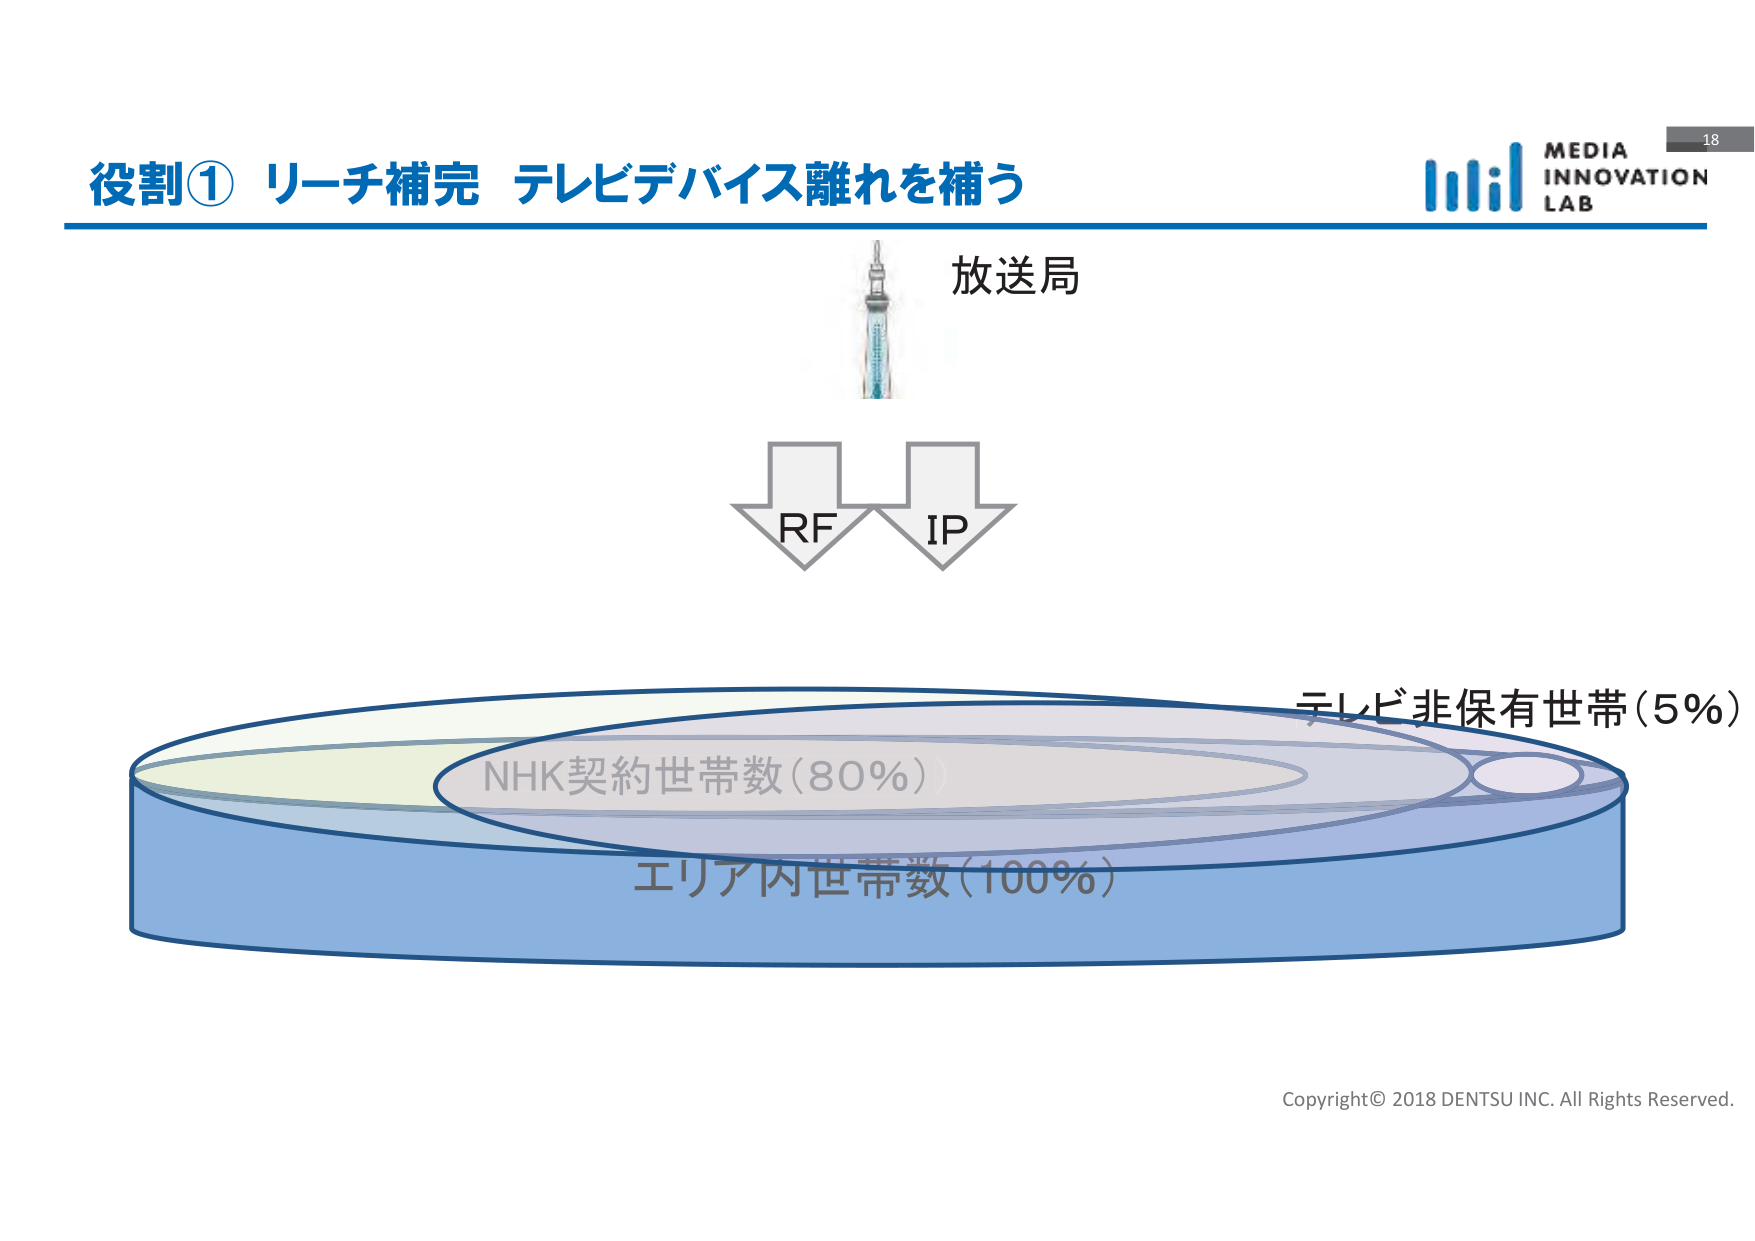
役割① リーチ補完 テレビデバイス離れを補う
放送局
RF
IP
テレビ非保有世帯（5％）
NHK契約世帯数（80％）
エリア内世帯数（100％）
MEDIA
INNOVATION
LAB
18
Copyright© 2018 DENTSU INC. All Rights Reserved.